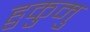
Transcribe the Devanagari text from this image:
हुकुमु